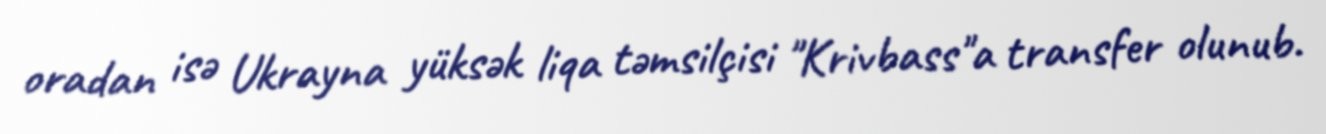
oradan isə Ukrayna yüksək liqa təmsilçisi "Krivbass"a transfer olunub.